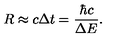
R \approx c \Delta t = \frac { \hbar c } { \Delta E } .